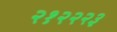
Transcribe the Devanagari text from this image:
२१२२२३